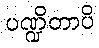
ပဏ္ဍိတာပိ